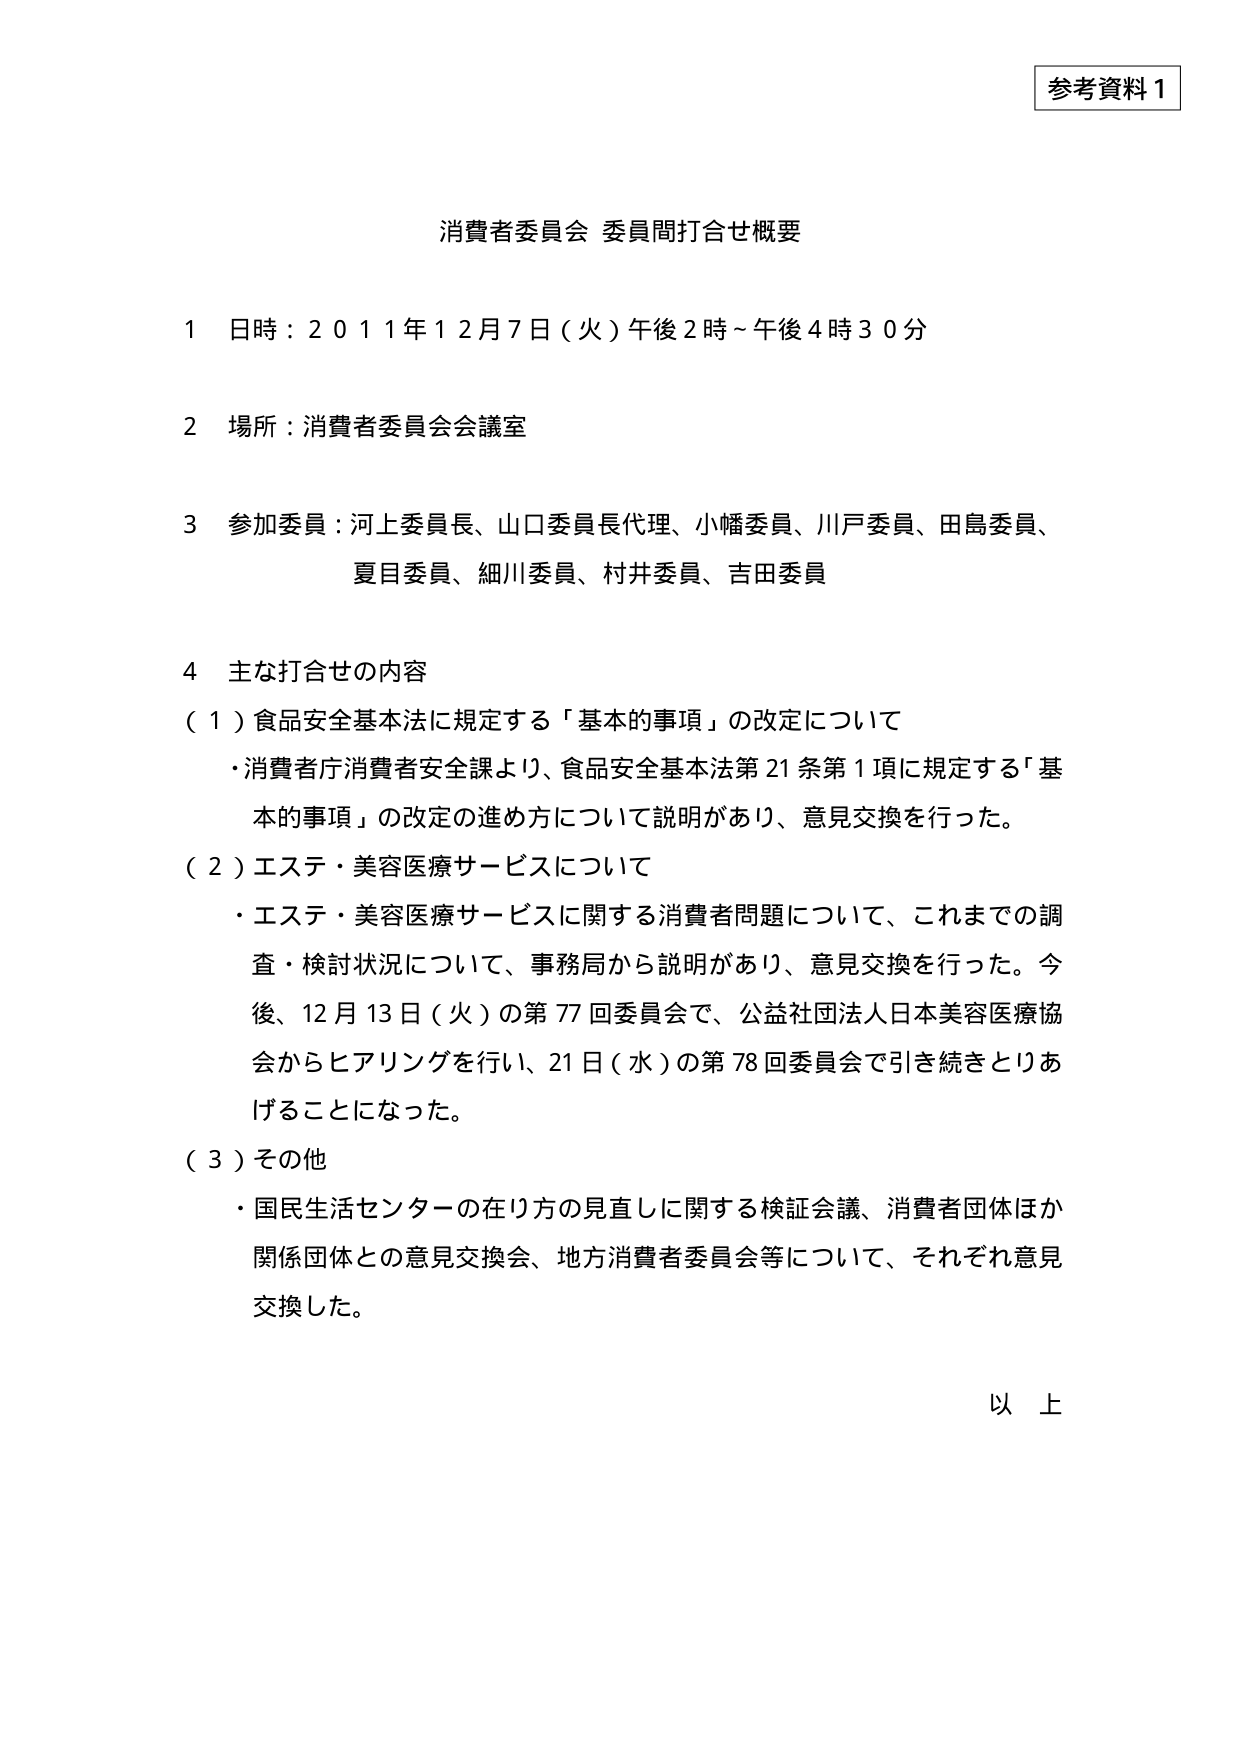
参考資料１

消費者委員会 委員間打合せ概要

１ 日時：２０１１年１２月７日（火）午後２時～午後４時３０分

２ 場所：消費者委員会会議室

３ 参加委員：河上委員長、山口委員長代理、小幡委員、川戸委員、田島委員、
　　　　　夏目委員、細川委員、村井委員、吉田委員

４ 主な打合せの内容
（１）食品安全基本法に規定する「基本的事項」の改定について
　・消費者庁消費者安全課より、食品安全基本法第21条第1項に規定する「基本的事項」の改定の進め方について説明があり、意見交換を行った。
（２）エステ・美容医療サービスについて
　・エステ・美容医療サービスに関する消費者問題について、これまでの調査・検討状況について、事務局から説明があり、意見交換を行った。今後、12月13日（火）の第77回委員会で、公益社団法人日本美容医療協会からヒアリングを行い、21日（水）の第78回委員会で引き続きとりあげることになった。
（３）その他
　・国民生活センターの在り方の見直しに関する検証会議、消費者団体ほか関係団体との意見交換会、地方消費者委員会等について、それぞれ意見交換した。

以上